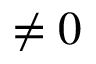
\neq 0